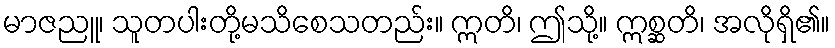
မာဇညူ၊ သူတပါးတို့မသိစေသတည်း။ ဣတိ၊ ဤသို့။ ဣစ္ဆတိ၊ အလိုရှိ၏။